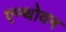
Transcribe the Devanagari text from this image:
एन्थोवन